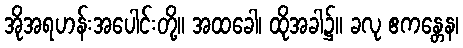
အိုအရဟန်းအပေါင်းတို့။ အထခေါ၊ ထိုအခါ၌။ ခလု ဧကန္တေန၊